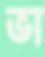
ভা